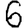
Digit: 6